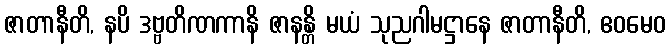
ဇာတာနီတိ, နပိ ဒဗ္ဗတိဏကာနိ ဇာနန္တိ မယံ သုညဂါမဋ္ဌာနေ ဇာတာနီတိ, ဧဝမေဝ